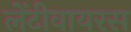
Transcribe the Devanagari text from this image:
लेंटीवायरस